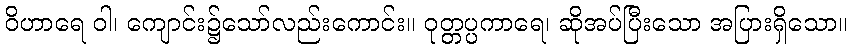
ဝိဟာရေ ဝါ၊ ကျောင်း၌သော်လည်းကောင်း။ ဝုတ္တပ္ပကာရေ၊ ဆိုအပ်ပြီးသော အပြားရှိသော။